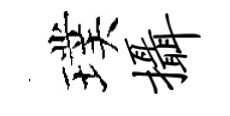
璞摄